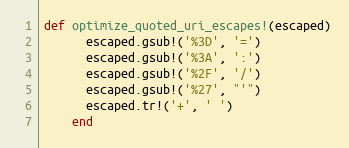
Language: Ruby
def optimize_quoted_uri_escapes!(escaped)
      escaped.gsub!('%3D', '=')
      escaped.gsub!('%3A', ':')
      escaped.gsub!('%2F', '/')
      escaped.gsub!('%27', "'")
      escaped.tr!('+', ' ')
    end